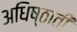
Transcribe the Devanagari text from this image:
अधिष्ठाती